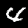
Digit: 4